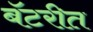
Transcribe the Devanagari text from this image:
बॅटरीत